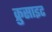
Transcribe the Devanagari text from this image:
क्रुसाइट